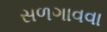
સળગાવવા